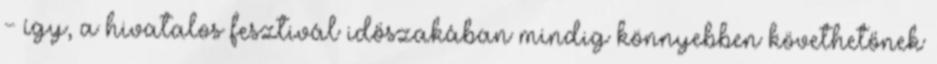
- így, a hivatalos fesztivál időszakában mindig könnyebben követhetőnek